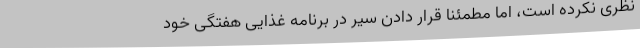
نظری نکرده است، اما مطمئناً قرار دادن سیر در برنامه غذایی هفتگی خود